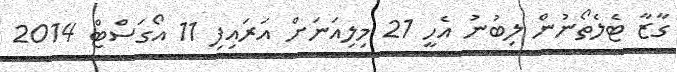
ގާޒާ ޓެލެތޯނުން ލިބުނު އެހީ 21 މިލިއަނަށް އަރައިފި 11 އޯގަސްޓް 2014